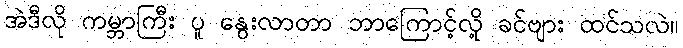
အဲဒီလို ကမ္ဘာကြီး ပူ နွေးလာတာ ဘာကြောင့်လို့ ခင်ဗျား ထင်သလဲ။